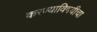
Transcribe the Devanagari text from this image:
करण्याविषयीचा